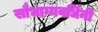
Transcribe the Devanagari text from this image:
सौभाग्यवर्धिनी